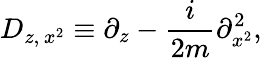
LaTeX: D_{z,\, x^{2}}\equiv\partial_{z}-\frac{i}{2m}\partial_{x^{2}}^{2},